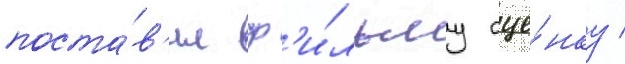
поста́в'ил ф'и́льму оце́нку /